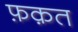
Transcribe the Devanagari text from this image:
फ़क़त